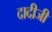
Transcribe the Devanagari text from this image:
दादीजी